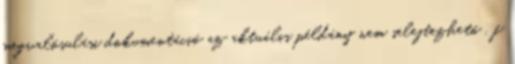
megvalósulási dokumentáció az aktuális példány nem selejtezhetõ , f